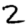
Digit: 2